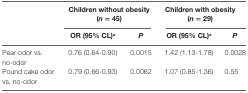
|  | <COLSPAN=2> Children without obesity (n = 45) | <COLSPAN=2> Children with obesity (n = 29) |
 |  | OR (95% CL)a | P | OR (95% CL)a | P |
 | --- | --- | --- | --- | --- |
 | Pear odor vs. no-odor | 0.76 (0.64-0.90) | 0.0015 | 1.42 (1.13-1.78) | 0.0028 |
 | Pound cake odor vs. no-odor | 0.79 (0.66-0.93) | 0.0062 | 1.07 (0.85-1.36) | 0.55 |